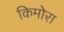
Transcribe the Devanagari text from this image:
किमोरा